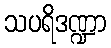
သပရိဒဏ္ဍာ